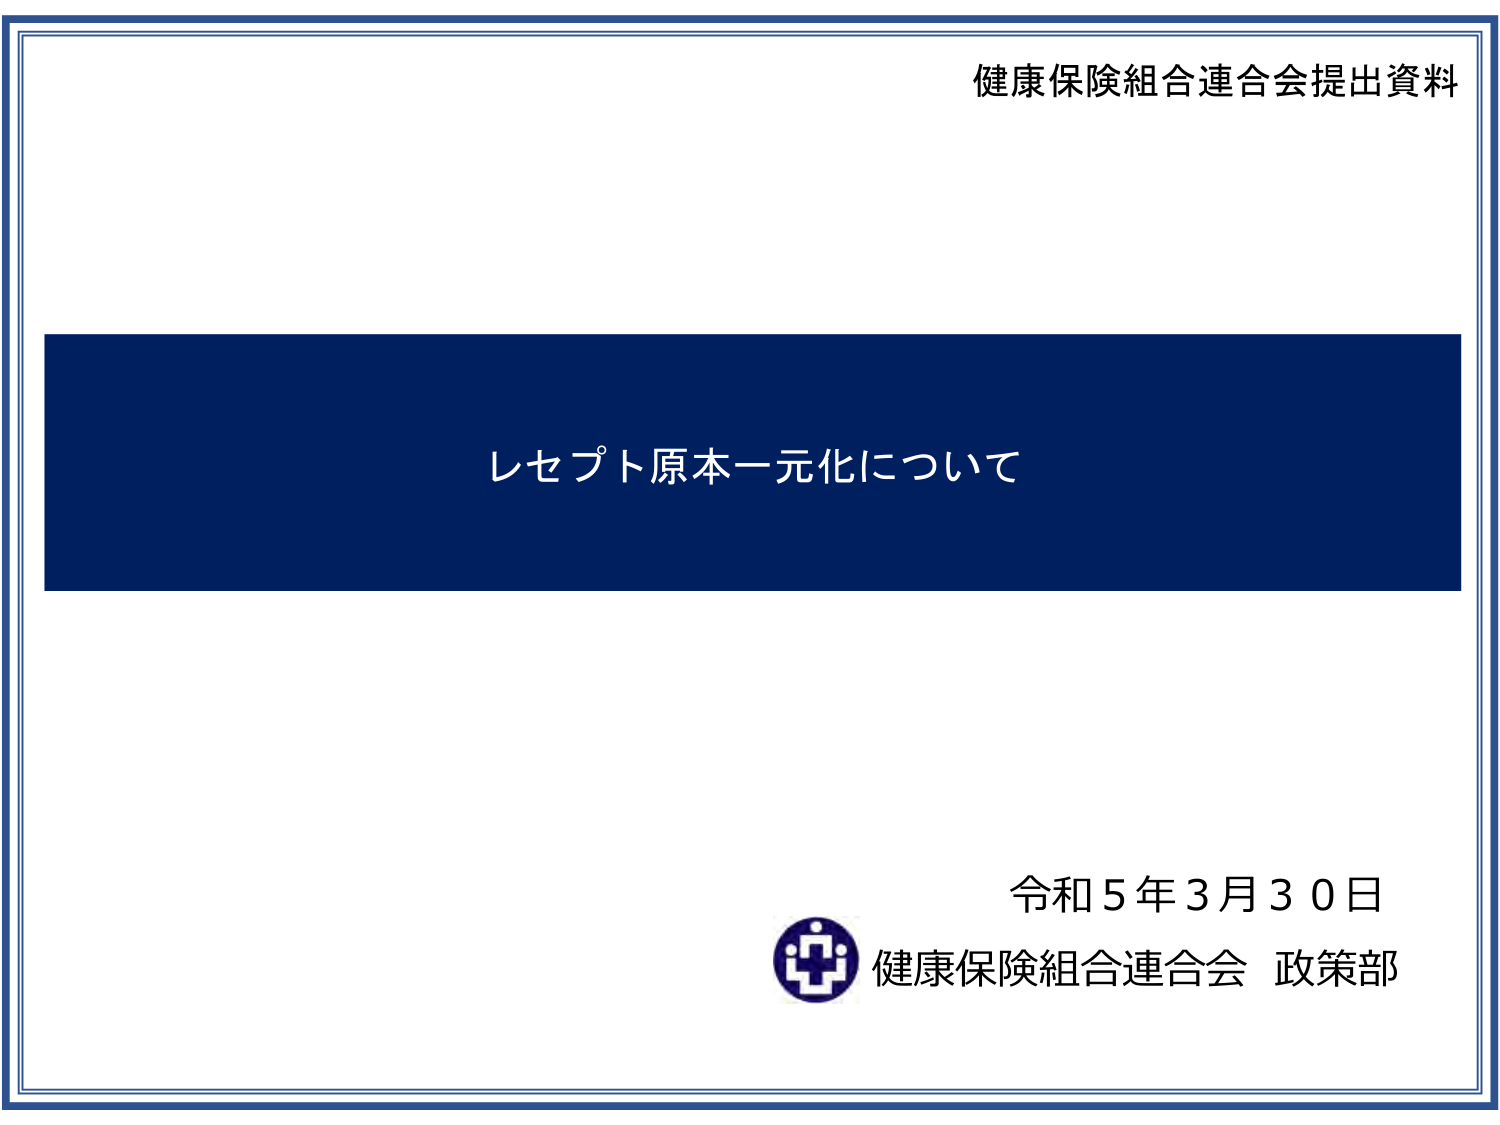
健康保険組合連合会提出資料

レセプト原本一元化について

令和5年3月30日
健康保険組合連合会 政策部